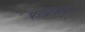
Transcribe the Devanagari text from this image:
परधनापुर